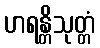
ဟရန္တိသုတ္တံ